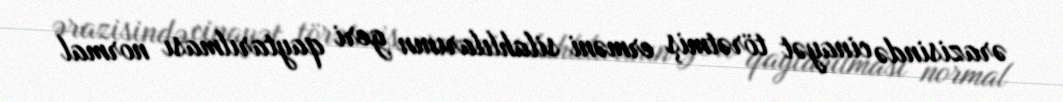
ərazisində cinayət törətmiş erməni silahlılarının geri qaytarılması normal